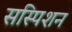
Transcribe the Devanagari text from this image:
सस्पिशन